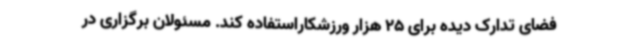
فضای تدارک دیده برای 25 هزار ورزشکاراستفاده کند. مسئولان برگزاری در